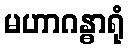
မဟာဂန္ဓာရုံ